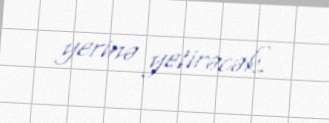
yerinə yetirəcək.